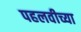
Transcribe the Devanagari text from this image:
पहलवीच्या